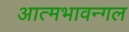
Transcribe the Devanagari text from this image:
आत्मभावन्गल